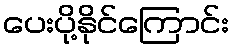
ပေးပို့နိုင်ကြောင်း